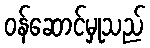
ဝန်ဆောင်မှုသည်